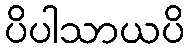
ပိပါသာယပိ